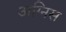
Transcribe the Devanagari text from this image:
अग्निस